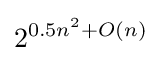
2^{0.5n^{2}+O(n)}